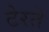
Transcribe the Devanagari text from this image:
टेरते